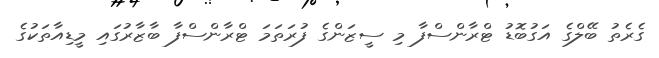
ގެރެތު ބޭލްގެ އަގުބޮޑު ޓްރާންސްފާ މި ސީޒަންގެ ފުރަތަމަ ޓްރާންސްފާ ބާޒާރުގައި މީޑިއާތަކުގެ